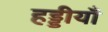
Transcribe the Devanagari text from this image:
हड्डीयाँ